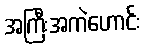
အကြီးအကဲဟောင်း